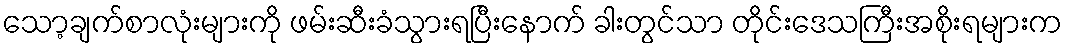
သော့ချက်စာလုံးများကို ဖမ်းဆီးခံသွားရပြီးနောက် ခါးတွင်သာ တိုင်းဒေသကြီးအစိုးရများက